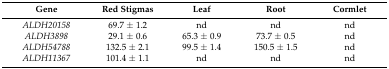
| Gene | Red Stigmas | Leaf | Root | Cormlet |
 | --- | --- | --- | --- | --- |
 | ALDH20158 | 69.7 ± 1.2 | nd | nd | nd |
 | ALDH3898 | 29.1 ± 0.6 | 65.3 ± 0.9 | 73.7 ± 0.5 | nd |
 | ALDH54788 | 132.5 ± 2.1 | 99.5 ± 1.4 | 150.5 ± 1.5 | nd |
 | ALDH11367 | 101.4 ± 1.1 | nd | nd | nd |